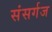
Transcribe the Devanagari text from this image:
संसर्गज